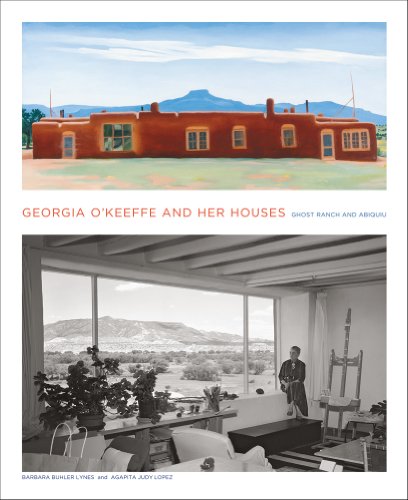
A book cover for Georgia O'Keeffe and Her Houses: Ghost Ranch and Abiquiu; Barbara Buhler Lynes; Crafts, Hobbies & Home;